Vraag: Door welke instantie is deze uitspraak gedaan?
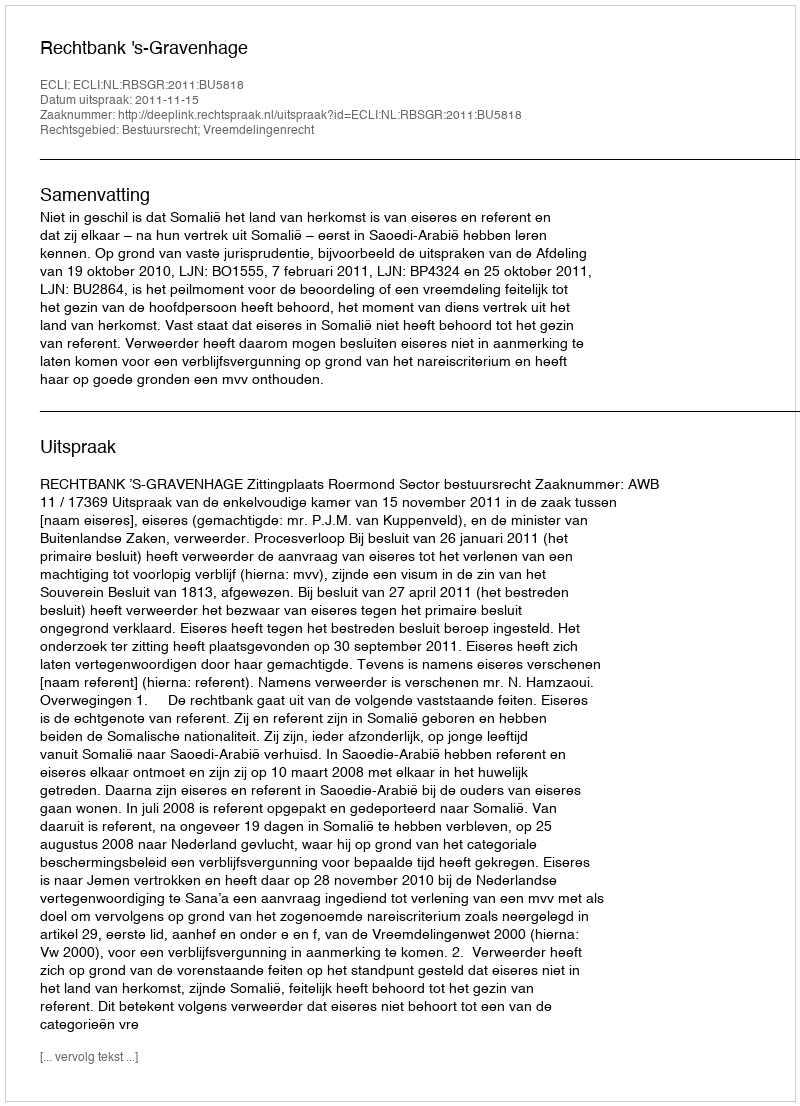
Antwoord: Rechtbank 's-Gravenhage